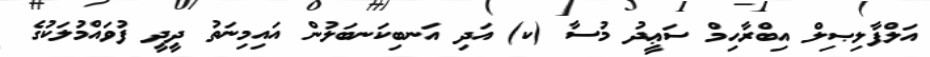
އަލްފާލިޞިލް އިބްރާހިމް ސަޢީދު މުސާ (ކ) އަދި އަނބިކަނބަލުން އައިމިނަތު ދީދީ ފުވައްމުލަކުގެ